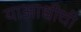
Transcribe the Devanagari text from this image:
याआधीची